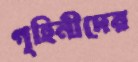
গৃহিনীদের